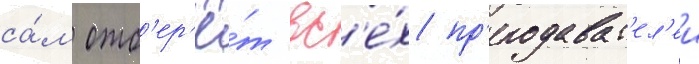
са́м отб'ер'ё́т вс'е́х пр'еподават'ел'еи